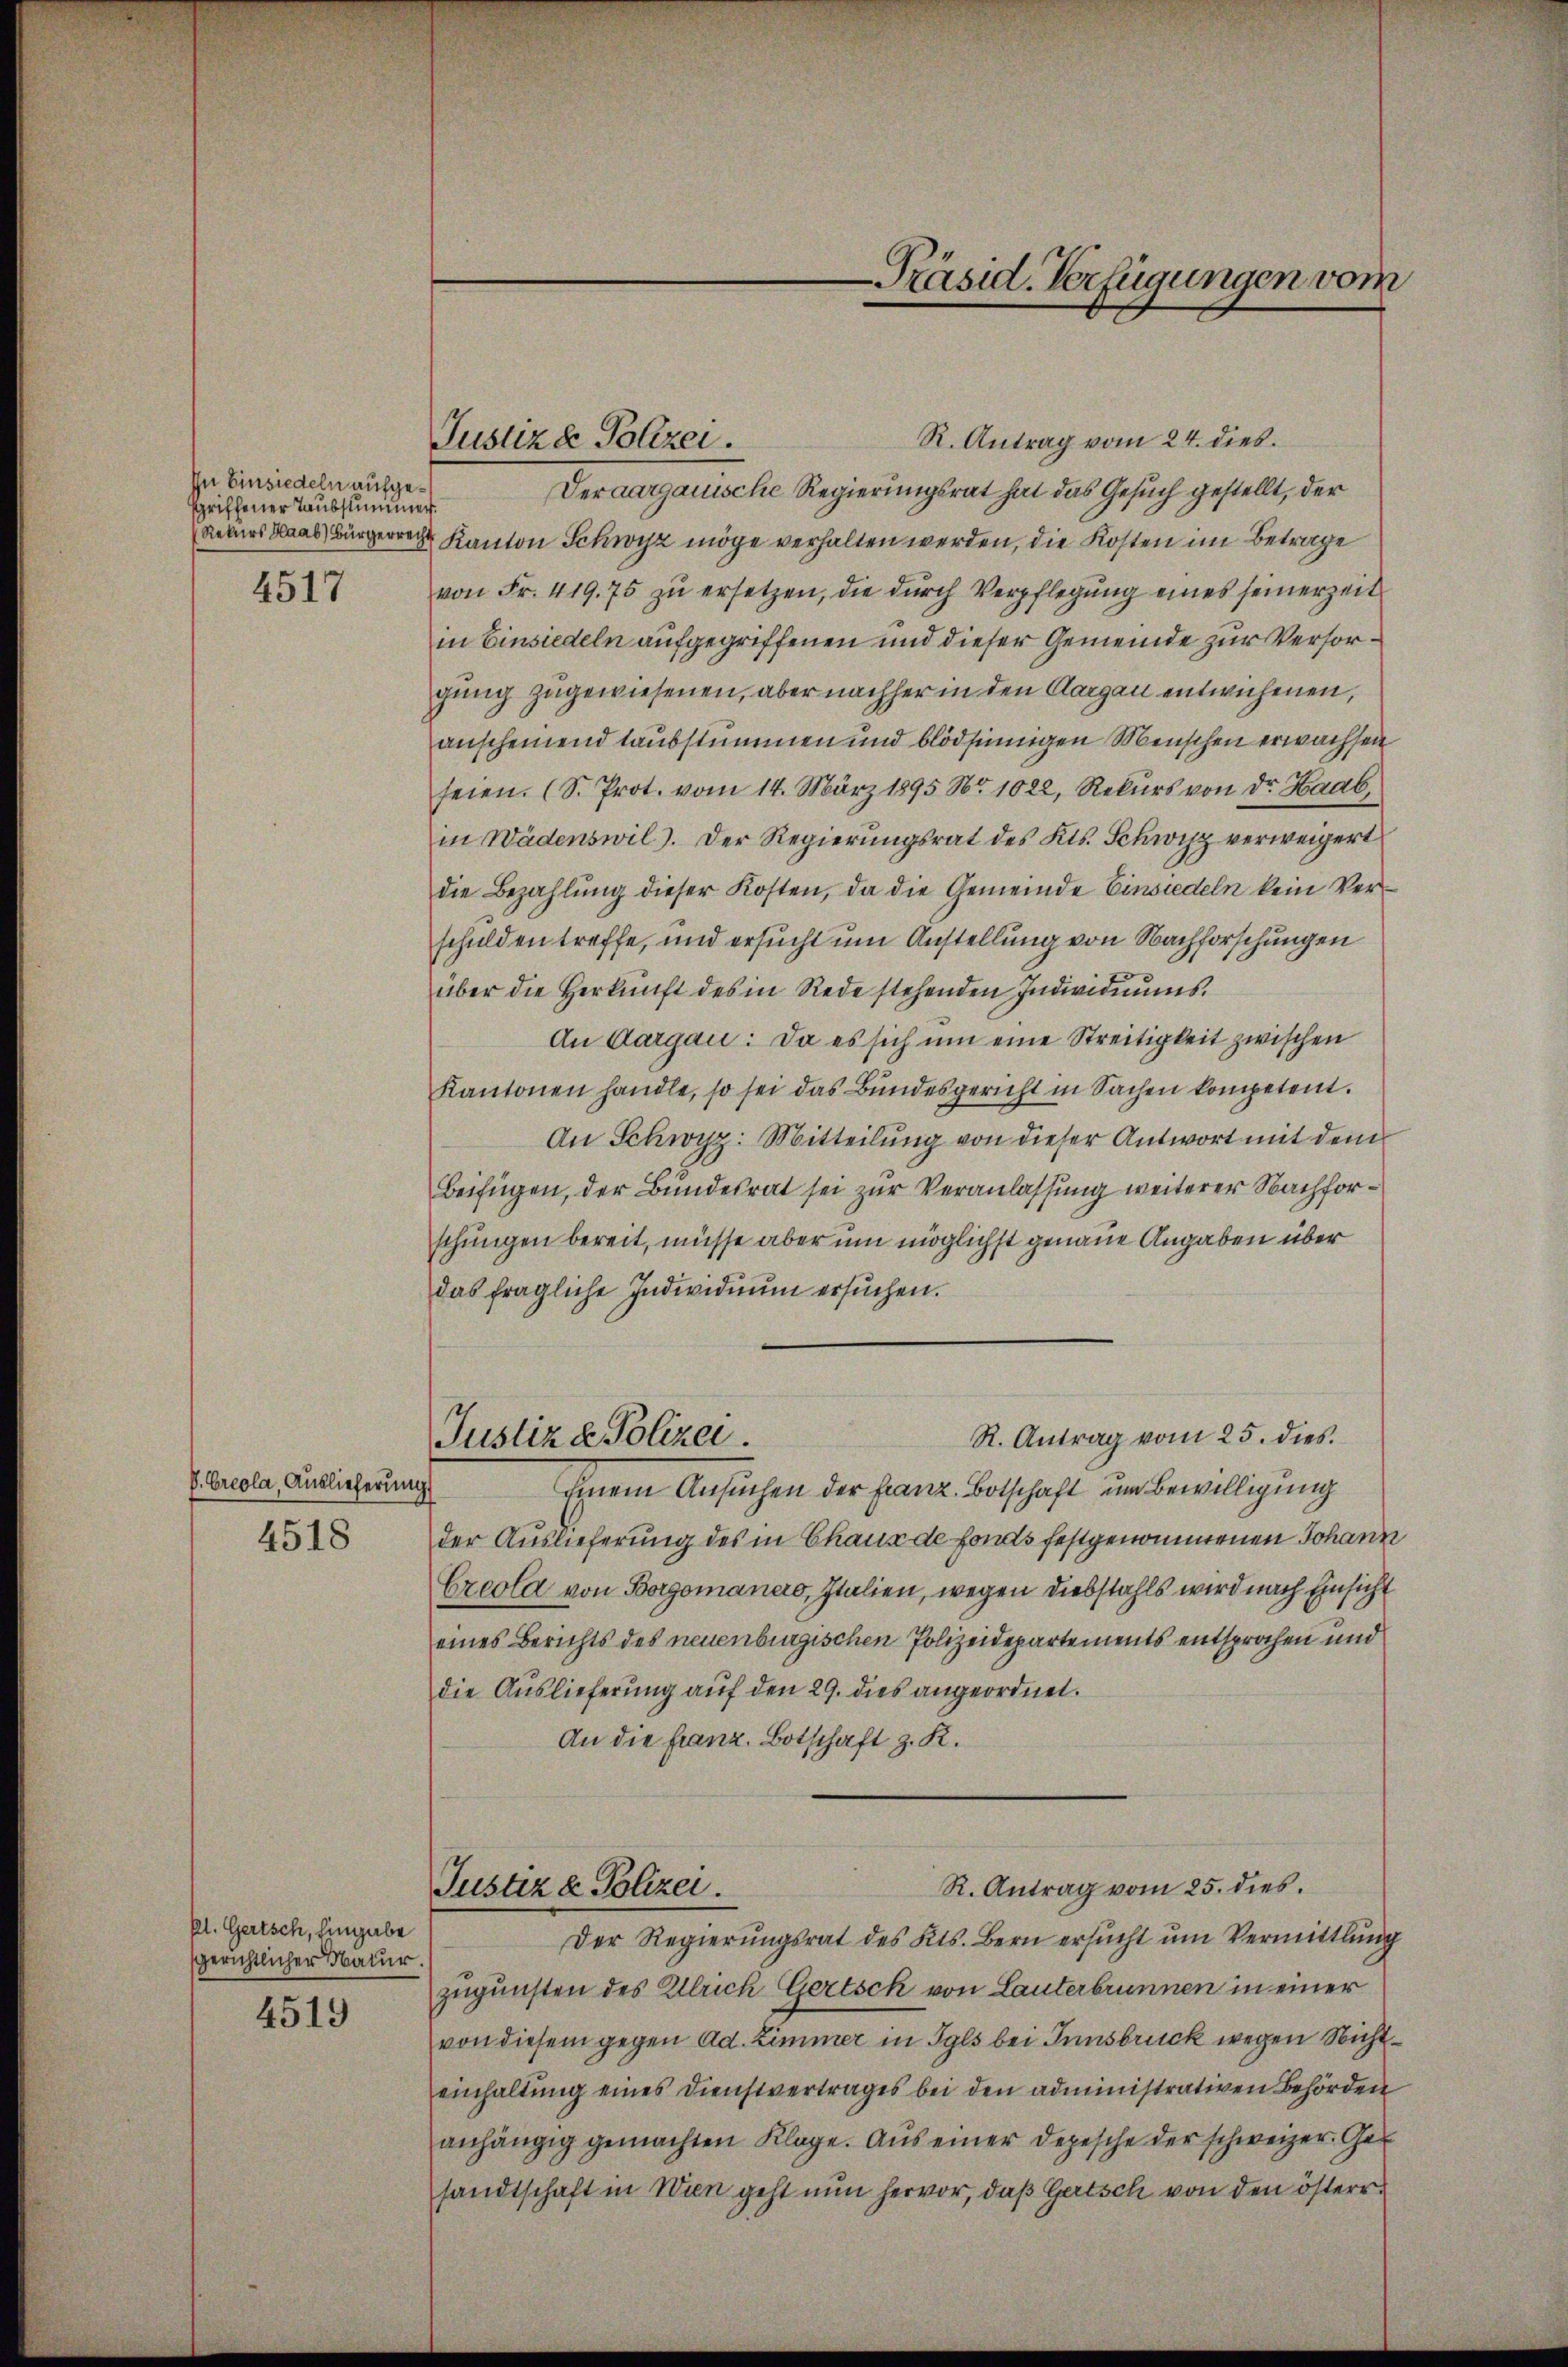
In Einsiedeln aufgesgriffener Taubsummer.

4517

P. Creola, Auslieferung
4518

kl. Gertsch, hingabe
sgerichtlicher Natur.

4519

Justiz & Polizei.

-Präsid. Verfügungen vom

R. Antrag vom 24. dies
Deraargauische Regierungsrat hat das Gesuch gestellt, der
Rekurs Saal, Bürgerrecht Kanton Schwyz möge verhalten werden, die Kosten im Betrage
von Fr. 419. 75 zŭ ersetzen, die durch Verpflegung eines seinerzeit
in Einsiedeln aufgegriffenen und dieser Gemeinde zur Versorgung zugewiesenen, aber nachher in den Aargau entwichenen,
anscheinend taubstummen und blödsinnigen Menschen erwachsen
seien. (S. Prot. vom 14. März 1895 No 1022, Rekurs von Dr. Haab,
in Wädenswil). Der Regierungsrat des Kts. Schwyz verweigert
die Bezahlung dieser Kosten, da die Gemeinde Einsiedeln kein Verschulden treffe, und ersucht um Anstellung von Nachforschungen
über die Herkŭnft des in Rede stehenden Individiŭms.
An Aargau: Da es sich um eine Streitigkeit zwischen
Kantonen handle, so sei das Bundesgericht in Sachen kompetent.
An Schwyz: Mitteilung von dieser Antwort mit dem
Beifügen, der Bundesrat sei zur Veranlassung weiterer Nachforschungen bereit, müsse aber um möglichst genaue Angaben über
das fragliche Individuum ersŭchen.
R. Antrag vom 25. dies
Justiz & Polizei.
Einem Ansuchen der Franz. Botschaft um Bewilligung
der Auslieferung des in Chaus de fonds festgenommenen Johann
Crcola von Borgomanero, Italien, wegen Diebstahls wird nach Einsicht
eines Berichts des neuenburgischen Polizeidepartements entsprochen und
die Auslieferung auf den 29. dies angeordnet.
An die Franz. Botschaft z. R.
R. Antrag vom 25. dies
Justiz & Polizei.
Der Regierungsrat des Kts. Bern ersucht um Vermittlung
zugunsten des Ulrich Gertsch von Lauterbrunnen in einer
von diesem gegen Ad. Zimmer in Syls bei Innsbruck wegen Nichteinhaltŭng eines Dienstvertrages bei den administrativen Behörden
anhängig gemachten Klage. Aus einer Depesche der schweizer. Gesandtschaft in Wien geht nun hervor, daß Gertsch von den österr